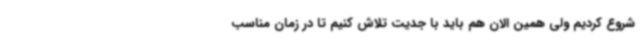
شروع کردیم ولی همین الان هم باید با جدیت تلاش کنیم تا در زمان مناسب